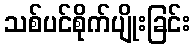
သစ်ပင်စိုက်ပျိုးခြင်း